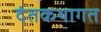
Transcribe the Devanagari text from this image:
दंतकथागत